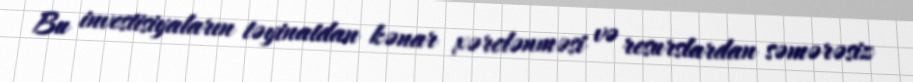
Bu investisiyaların təyinatdan kənar xərclənməsi və resurslardan səmərəsiz